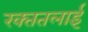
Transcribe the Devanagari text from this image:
रक्‍ततलाई